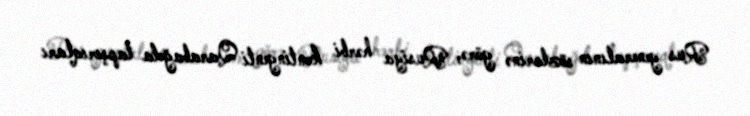
Rus generalının sözlərinə görə, Rusiya hərbi kontingenti Qarabağda tapşırıqları